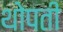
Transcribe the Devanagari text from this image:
थोपती